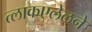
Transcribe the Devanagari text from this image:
त्लाकएलेलने